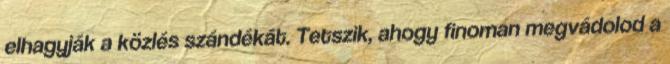
elhagyják a közlés szándékát. Tetszik, ahogy finoman megvádolod a